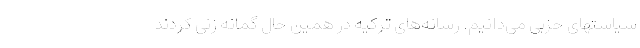
سیاستهای حزبی می‌دانیم. رسانه‌های ترکیه در همین حال گمانه زنی کردند